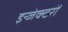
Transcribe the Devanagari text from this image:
इन्जेक्टरों